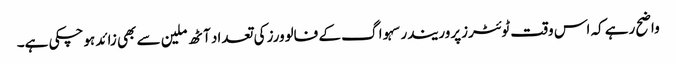
واضح رہے کہ اس وقت ٹوئٹرزپروریندرسہوا گ کے فالوورز کی تعداد آٹھ ملین سے بھی زائد ہوچکی ہے۔